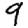
Digit: 9